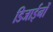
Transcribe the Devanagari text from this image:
डिजाईनों